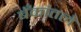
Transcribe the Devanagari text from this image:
बँकांतले